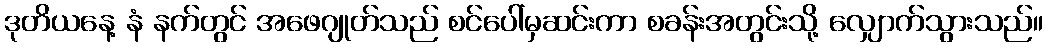
ဒုတိယနေ့ နံ နက်တွင် အဖေဂျုတ်သည် စင်ပေါ်မှဆင်းကာ စခန်းအတွင်းသို့ လျှောက်သွားသည်။